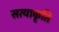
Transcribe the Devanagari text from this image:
सत्याकृति